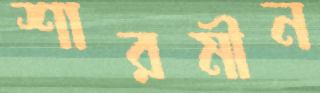
শারমীন